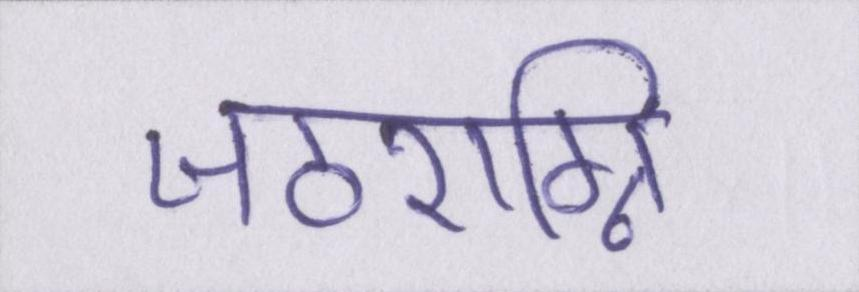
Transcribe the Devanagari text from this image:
जठराग्नि